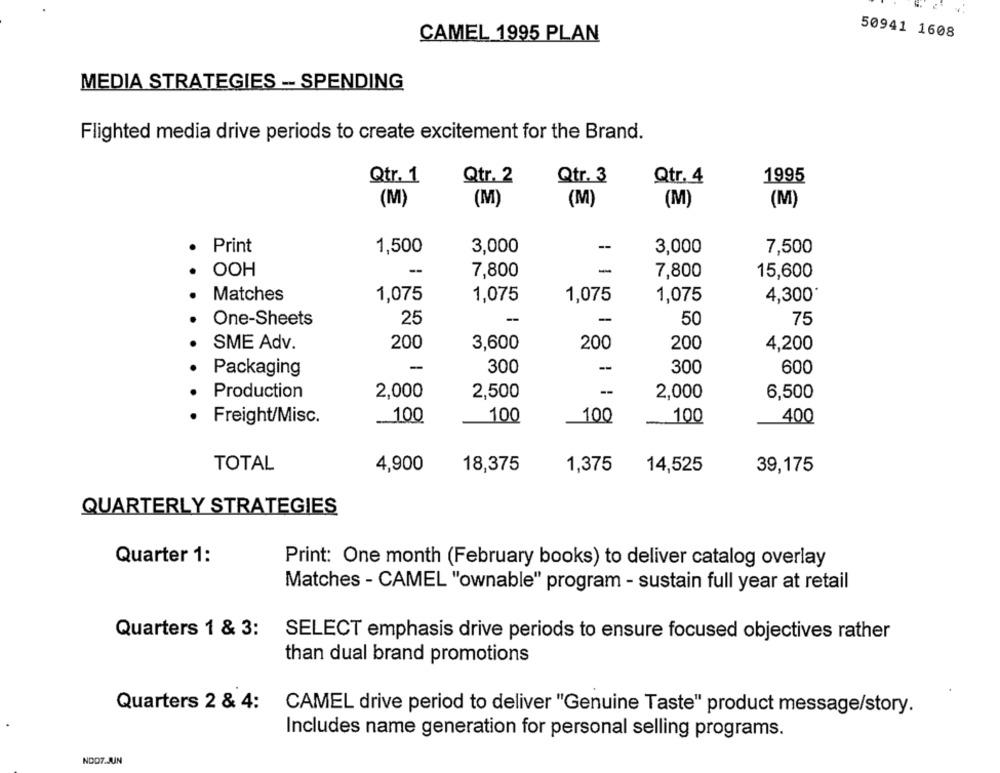
CAMEL 1995 PLAN
50941 1608
MEDIA STRATEGIES -- SPENDING
Flighted media drive periods to create excitement for the Brand.
Qtr. 1
Qtr. 2
Qtr. 3
Qtr. 4
1995
(M)
(M)
(M)
(M)
(M)
Print
-
1,500
3,000
3,000
7,500
-
-
OOH
7,800
7,800
15,600
Matches
1,075
1,075
1,075
1,075
4,300*
-
One-Sheets
25
50
75
SME Adv.
200
3,600
200
200
4,200
Packaging
-
300
-
300
600
Production
2,000
2,500
-
6,500
2,000
100
100
Freight/Misc.
100
100
400
TOTAL
4,900
18,375
1,375
14,525
39,175
QUARTERLY STRATEGIES
Quarter 1:
Print: One month (February books) to deliver catalog overlay
Matches - CAMEL "ownable" program - sustain full year at retail
Quarters 1 & 3:
SELECT emphasis drive periods to ensure focused objectives rather
than dual brand promotions
Quarters 2 & 4: CAMEL drive period to deliver "Genuine Taste" product message/story.
Includes name generation for personal selling programs.
NOD7.JUN